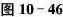
图10-46